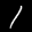
Label: 1